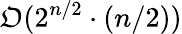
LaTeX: \mathfrak{O}(2^{n/2}\cdot(n/2))